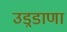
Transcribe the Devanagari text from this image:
उड़्डाणा